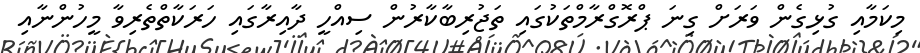
މިކަމާއި ގުޅިގެން ވަރަށް ގިނަ ޕްރޮގްރާމްތަކުގައި ތަޖުރިބާކާރުން ސިއްހީ ދާއިރާގައި ހަރަކާތްތެރިވާ މީހުންނާއި